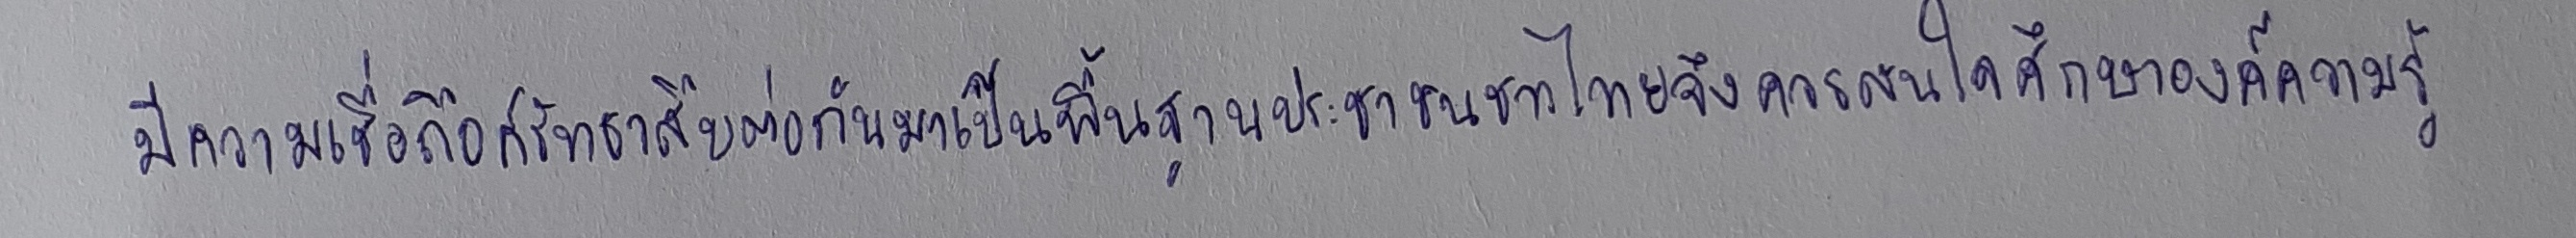
มีความเชื่อถือศรัทธาสืบต่อกันมาเป็นพื้นฐานประชาชนชาวไทยจึงควรสนใจศึกษาองค์ความรู้